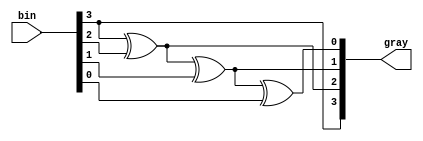
module binary_to_gray(gray, bin);
	output[3:0] gray;
	input[3:0] bin;
	
	assign gray[3] = bin[3];
	xor xor1(gray[2], gray[3], bin[2]);
	xor xor2(gray[1], gray[2], bin[1]);
	xor xor3(gray[0], gray[1], bin[0]);
endmodule